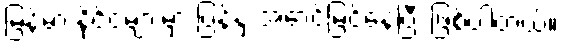
မြန်မာ နိုင်ငံများမှာ ပြန့်နှံ့ အောင်မြင်နေပြီး ဖြစ်ပါတယ်။